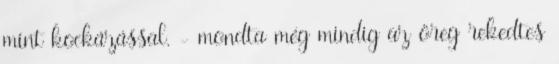
mint kockázással. - mondta még mindig az öreg rekedtes